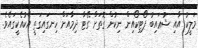
މަލީކު އާއި ޝުޢައިބު ޕޯޓިކޯއިން ނިކުން ގޮތަށް ގޭޓާ ދިމާއަށް ހިނގައިގަތީ އެކުއެކީގައެވެ.